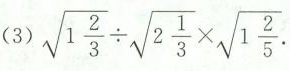
(3) $$\sqrt { 1 \frac { 2 } { 3 } } \div \sqrt { 2 \frac { 1 } { 3 } } \times \sqrt { 1 \frac { 2 } { 5 } }$$.